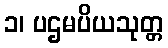
၁၊ ပဌမပိယသုတ္တ